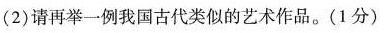
(2)请再举一例我国古代类似的艺术作品。(1分)